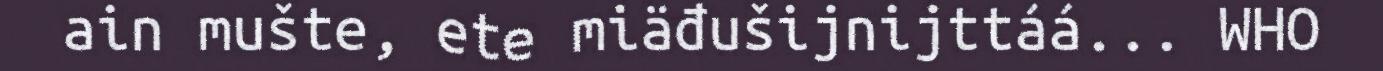
ain mušte, ete miäđušijnijttáá... WHO